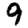
Digit: 9